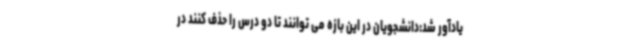
یادآور شد:دانشجویان در این بازه می توانند تا دو درس را حذف کنند در